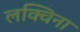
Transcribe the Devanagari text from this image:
लक्विना